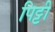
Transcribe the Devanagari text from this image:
पिट्टी